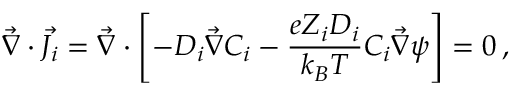
\Vec { \nabla } \cdot \Vec { J _ { i } } = \Vec { \nabla } \cdot \left[ - D _ { i } \Vec { \nabla } C _ { i } - \frac { e Z _ { i } D _ { i } } { k _ { B } T } C _ { i } \Vec { \nabla } \psi \right] = 0 \, ,